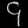
Digit: ၄